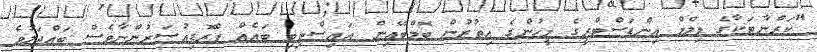
"ކަރްނާޓަކާގެ ފިލްމް އިންޑަސްޓްރީގެ މީހުންގެ އިތުރުން ބޮމްބޭއިން އައިސްތިބި ބައެއް ޕްރޮޑިއުސަރުންނާވެސް ބައްދަލުވެ